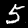
Label: 5